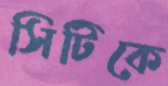
সিটিকে